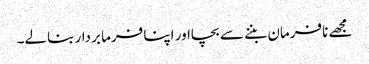
مجھے نافرمان بننے سے بچااور اپنا فرما بردار بنالے۔